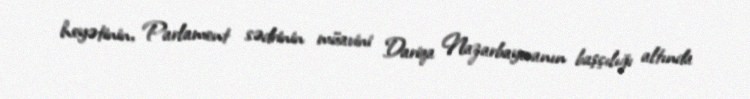
heyətinin, Parlament sədrinin müavini Dariqa Nazarbayevanın başçılığı altında